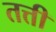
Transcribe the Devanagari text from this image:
तत्ती